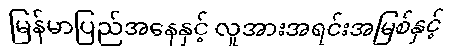
မြန်မာပြည်အနေနှင့် လူအားအရင်းအမြစ်နှင့်